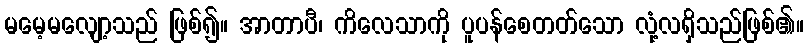
မမေ့မလျော့သည် ဖြစ်၍။ အာတာပီ၊ ကိလေသာကို ပူပန်စေတတ်သော လုံ့လရှိသည်ဖြစ်၏။